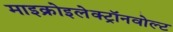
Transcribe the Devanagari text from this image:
माइक्रोइलेक्ट्रॉनवोल्ट